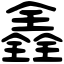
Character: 𠓾